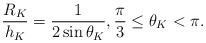
LaTeX: \begin{align*} \frac{R_K}{h_K} = \frac{1}{2\sin\theta_K}, \frac{\pi}{3} \le \theta_K < \pi.\end{align*}